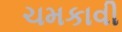
ચમકાવી